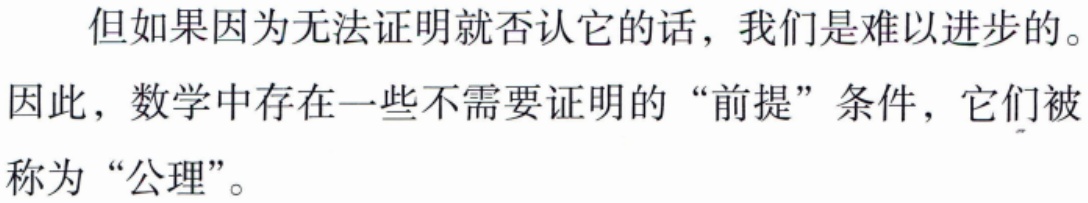
但如果因为无法证明就否认它的话，我们是难以进步的。因此，数学中存在一些不需要证明的“前提”条件，它们被称为“公理”。